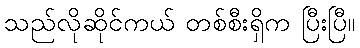
သည်လိုဆိုင်ကယ် တစ်စီးရှိက ပြီးပြီ။